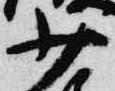
少